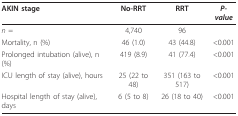
| AKIN stage | No-RRT | RRT | P-value |
 | --- | --- | --- | --- |
 | n = | 4,740 | 96 |  |
 | Mortality, n (%) | 46 (1.0) | 43 (44.8) | <0.001 |
 | Prolonged intubation (alive), n (%) | 419 (8.9) | 41 (77.4) | <0.001 |
 | ICU length of stay (alive), hours | 25 (22 to 48) | 351 (163 to 517) | <0.001 |
 | Hospital length of stay (alive), days | 6 (5 to 8) | 26 (18 to 40) | <0.001 |